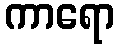
ကာရော